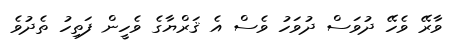
ވާރޭ ވެހޭ ދުވަސް ދުވަހު ވެސް އެ ޤަރްޔާގެ ވެހީން ފަތިހު ތެދުވެ